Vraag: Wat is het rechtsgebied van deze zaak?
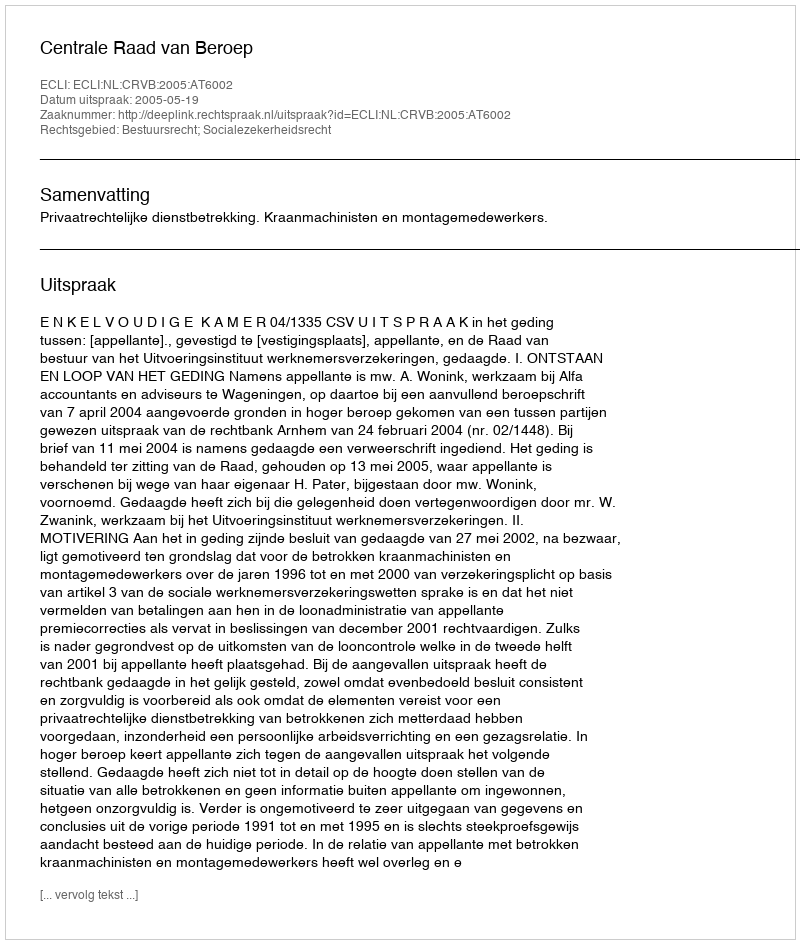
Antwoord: Bestuursrecht; Socialezekerheidsrecht